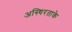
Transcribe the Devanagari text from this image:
अस्थिरताके